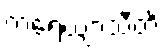
ကရေယျာသီတိ